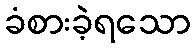
ခံစားခဲ့ရသော